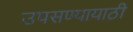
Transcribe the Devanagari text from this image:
उपसण्यायाठी